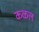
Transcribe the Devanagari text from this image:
कळल